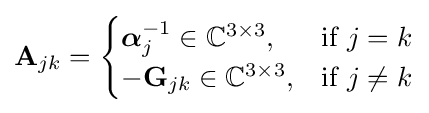
\mathbf {A} _{jk}={\begin{cases}{\boldsymbol {\alpha }}_{j}^{-1}\in \mathbb {C} ^{3\times 3},&{\text{if }}j=k\\-\mathbf {G} _{jk}\in \mathbb {C} ^{3\times 3},&{\text{if }}j\neq k\end{cases}}